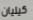
كيليان